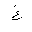
Letter: _gayn